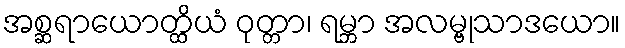
အစ္ဆရာယောတ္ထိယံ ဝုတ္တာ၊ ရမ္ဘာ အလမ္ဗုသာဒယော။